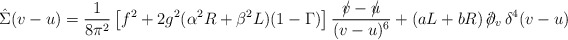
\begin{align*}\hat{\Sigma}(v-u)=\frac{1}{8\pi^2}\left[f^2+2g^2(\alpha^2R+\beta^2L)(1-\Gamma)\right]\frac{{\textstyle /\hspace{-2mm}v-/\hspace{-2mm}u}}{{\textstyle(v-u)^6}}+(aL+bR)\,/\hspace{-2mm}\partial_v\,\delta^4(v-u) \end{align*}